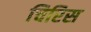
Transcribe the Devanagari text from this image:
चिरिस